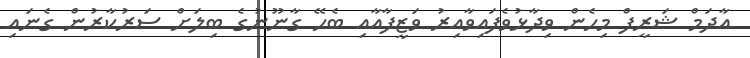
އާދަމް ޝަރީފް މިހެން ވިދާޅުވެފައިވާއިރު ވަޒީފާއާއި ބެހޭ ގާނޫނުގެ ބިލަށް ސަރުކާރުން ގެނައި